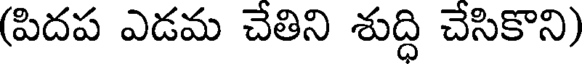
(పిదప ఎడమ చేతిని శుద్ధి చేసికొని)